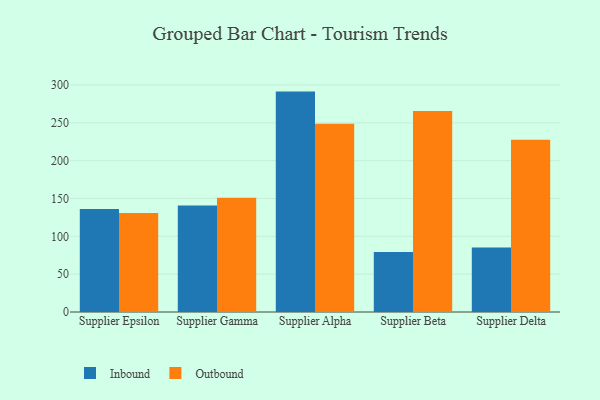
{"axis": {"x": "Supplier", "y": "Revenue (USD Million)"}, "legend": ["Inbound", "Outbound"], "data": [{"x": "Supplier Epsilon", "y": 136.1, "type": "Inbound"}, {"x": "Supplier Epsilon", "y": 130.7, "type": "Outbound"}, {"x": "Supplier Gamma", "y": 140.9, "type": "Inbound"}, {"x": "Supplier Gamma", "y": 151.1, "type": "Outbound"}, {"x": "Supplier Alpha", "y": 291.3, "type": "Inbound"}, {"x": "Supplier Alpha", "y": 248.8, "type": "Outbound"}, {"x": "Supplier Beta", "y": 79.3, "type": "Inbound"}, {"x": "Supplier Beta", "y": 265.6, "type": "Outbound"}, {"x": "Supplier Delta", "y": 85.4, "type": "Inbound"}, {"x": "Supplier Delta", "y": 227.6, "type": "Outbound"}]}